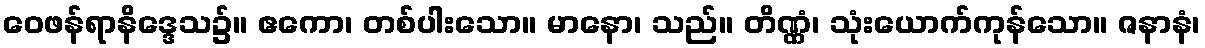
ဝေဖန်ရာနိဒ္ဒေသ၌။ ဧကော၊ တစ်ပါးသော။ မာနော၊ သည်။ တိဏ္ဏံ၊ သုံးယောက်ကုန်သော။ ဇနာနံ၊